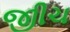
જીીચ